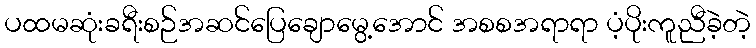
ပထမဆုံးခရီးစဉ်အဆင်ပြေချောမွေ့အောင် အစစအရာရာ ပံ့ပိုးကူညီခဲ့တဲ့